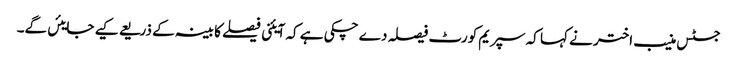
جسٹس منیب اختر نے کہا کہ سپریم کورٹ فیصلہ دے چکی ہے کہ آیئنی فیصلے کابینہ کے ذریعے کیے جایئں گے۔